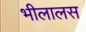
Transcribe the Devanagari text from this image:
भीलालस